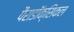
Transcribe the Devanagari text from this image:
पैराडॉक्सिकल